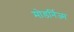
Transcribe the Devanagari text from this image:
मोडर्निज्म